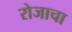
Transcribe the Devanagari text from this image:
रोजाचा